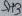
Text: SH3